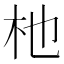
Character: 杝